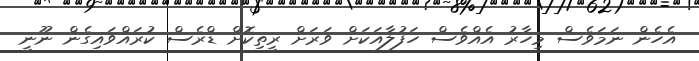
އެހެން ނަމަވެސް މިހާރު އެއްވެސް ހަފުލާއަކަށް ވަރަށް ރީތިކޮށް ޑްރެސް ކުރައްވައިގެން ނޫނީ